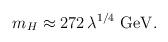
LaTeX: \begin{align*}m_{H} \approx 272 \, \lambda ^{1/4} \ \mbox{GeV}. \end{align*}